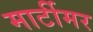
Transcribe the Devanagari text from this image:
मार्टीमर